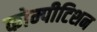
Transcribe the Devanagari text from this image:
कोम्पीटिशन